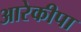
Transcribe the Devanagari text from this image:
आरेकीपा